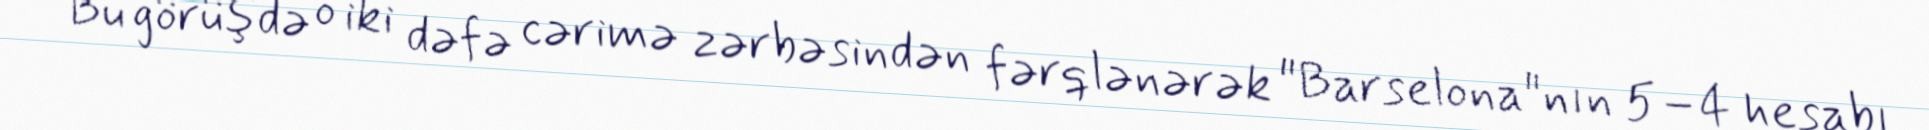
Bu görüşdə o iki dəfə cərimə zərbəsindən fərqlənərək "Barselona"nın 5–4 hesabı